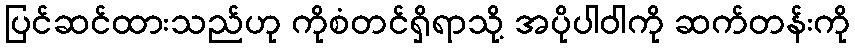
ပြင်ဆင်ထားသည်ဟု ကိုစံတင်ရှိရာသို့ အပိုပါဝါကို ဆက်တန်းကို